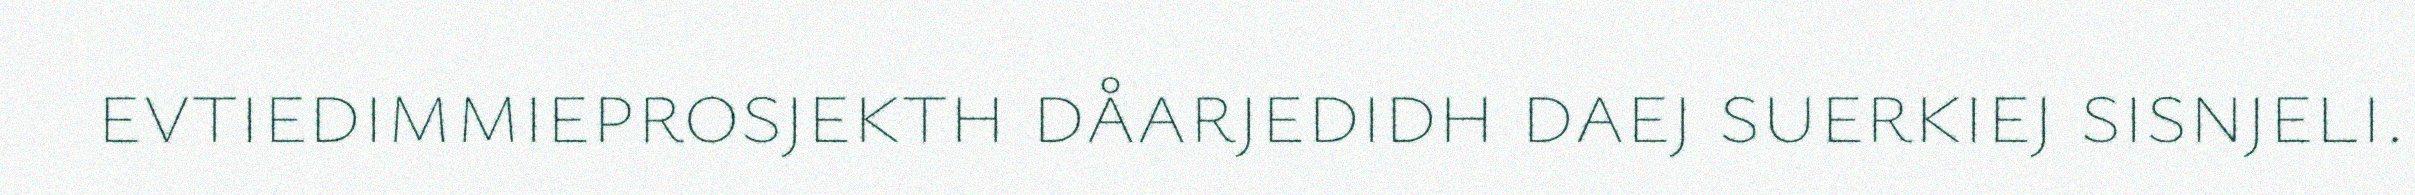
evtiedimmieprosjekth dåarjedidh daej suerkiej sisnjeli.